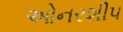
ઓનરશીપ